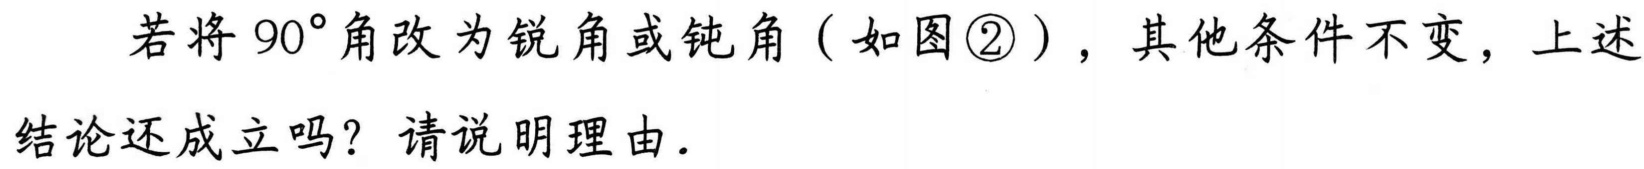
若将$90^{\circ}$角改为锐角或钝角（如图\textcircled{2}），其他条件不变，上述
结论还成立吗？请说明理由.